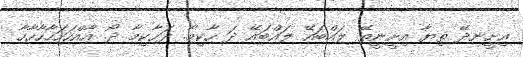
އިށީނދޭ ތިޔާ އިށީނީތޭ ލައްބައޭ ލައްބައޭ ދަ ހާކިމާ. ދަހާކިމާ ދޯ. އާއްހަހަހާހާހާހާ